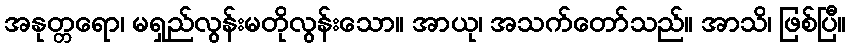
အနုတ္တရော၊ မရှည်လွန်းမတိုလွန်းသော။ အာယု၊ အသက်တော်သည်။ အာသိ၊ ဖြစ်ပြီ။